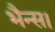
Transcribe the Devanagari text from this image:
भैन्स।